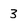
Character: 3